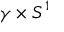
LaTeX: \gamma \times S ^ { 1 }